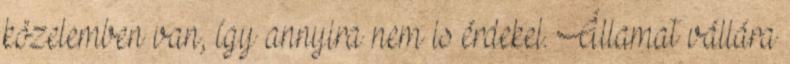
közelemben van, így annyira nem is érdekel. Államat vállára